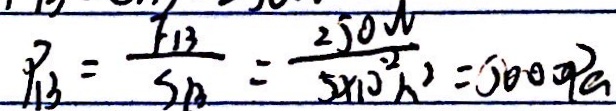
P _ { B } = \frac { F _ { B } } { S _ { B } } = \frac { 2 5 0 N } { 5 \times 1 0 ^ { - 2 } h ^ { 2 } } = 5 0 0 0 P a